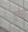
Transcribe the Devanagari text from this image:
गुलही